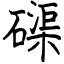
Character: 磲